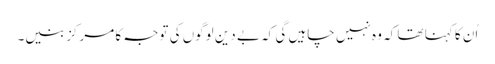
اُن کا کہنا تھا کہ وہ نہیں چاہیں گی کہ بے دین لوگوں کی توجہ کا مرکز بنیں۔